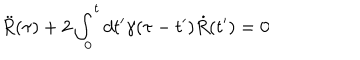
\ddot { R } ( \tau ) + 2 \int _ { 0 } ^ { t } { d t ^ { \prime } } \gamma ( \tau - t ^ { \prime } ) \dot { R } ( t ^ { \prime } ) = 0